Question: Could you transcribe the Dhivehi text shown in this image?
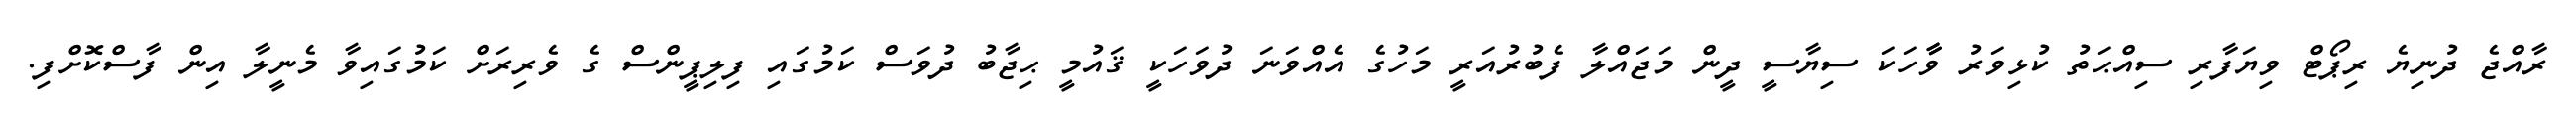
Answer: ރާއްޖެ ދުނިޔެ ރިޕޯޓް ވިޔަފާރި ސިއްޙަތު ކުޅިވަރު ވާާހަކަ ސިޔާސީ ދީން މަޖައްލާ ފެބުރުއަރީ މަހުގެ އެއްވަނަ ދުވަހަކީ ޤައުމީ ޙިޖާބު ދުވަސް ކަމުގައި ފިލިޕީންސް ގެ ވެރިރަށް ކަމުގައިވާ މެނީލާ އިން ފާސްކޮށްފި.